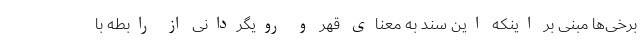
برخی‌ها مبنی بر اینکه این سند به معنای قهر و رویگردانی از رابطه با